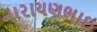
નારાયણભાઇ